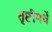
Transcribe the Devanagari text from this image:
सृष्टीमधें